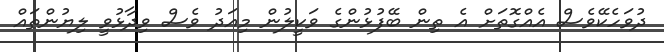
ދުވަހެކޭވެސް އެއްގޮތަށް އެ ތިން ބޭފުޅުންގެ ވަކީލުން މިއަދު ވެސް ވިދާޅުވީ ލިޔުންތައް